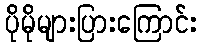
ပိုမိုများပြားကြောင်း